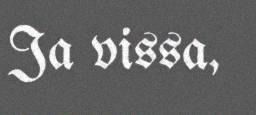
Ja vissa,